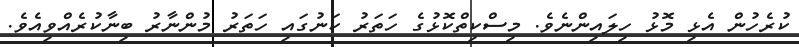
ކުރެހުން އެޅި މޮޅު ހިލައިންނެވެ. މިސްކިތްކޮޅުގެ ހަތަރު ކަނުގައި ހަތަރު މުންނާރު ބިނާކުރެއްވިއެވެ.